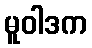
မူဝါဒက